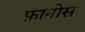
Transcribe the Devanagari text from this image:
फ़ानोस